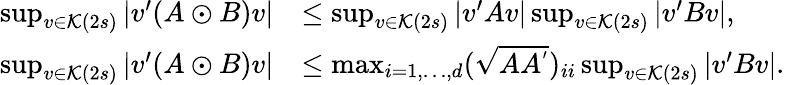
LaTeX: \begin{array}{rl}{\operatorname*{sup}_{v\in\mathcal{K}(2s)}|v^{\prime}(A\odot B)v|}&{\leq\operatorname*{sup}_{v\in\mathcal{K}(2s)}|v^{\prime}Av|\operatorname*{sup}_{v\in\mathcal{K}(2s)}|v^{\prime}Bv|,}\\ {\operatorname*{sup}_{v\in\mathcal{K}(2s)}|v^{\prime}(A\odot B)v|}&{\leq\operatorname*{max}_{i=1,\dots,d}(\sqrt{AA^{'}})_{ii}\operatorname*{sup}_{v\in\mathcal{K}(2s)}|v^{\prime}Bv|.}\end{array}